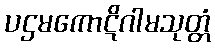
ပဌမကောဋိဂါမသုတ္တံ